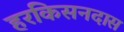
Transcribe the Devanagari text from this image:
हरकिसनदास